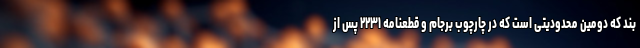
بند که دومین محدودیتی است که در چارچوب برجام و قطعنامه ۲۲۳۱ پس از